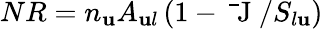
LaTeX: NR=n_{\mathbf{u}}A_{\mathbf{u}l}\left(1-\mathrm{{~\bar{{~}}J~}}/S_{l\mathbf{u}}\right)